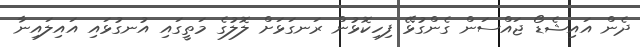
ދެން އައިޝެޑޯ ޖައްސަން ގެންގުޅޭ ފިހިކޮޅުން ރަނގަޅަށް ލޮލުގެ މަތީގައި އުނގުޅައި އައިލައިނާ